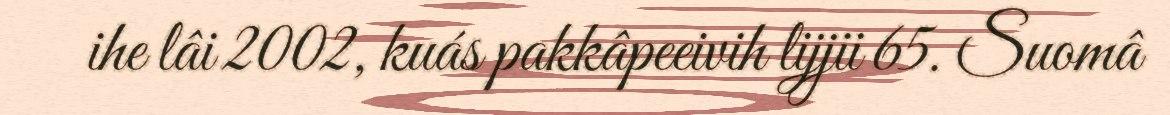
ihe lâi 2002, kuás pakkâpeeivih lijjii 65. Suomâ